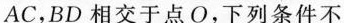
AC，BD相交于点O，下列条件不